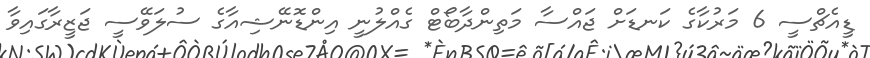
ޑީއެޗްސީ 6 މަރުކާގެ ކަނޑަށް ޖައްސާ މަތިންދާބޯޓް ގެއްލުނީ އިންޑޮނޭޝިއާގެ ސުލަވޭސީ ޖަޒީރާގައިވާ